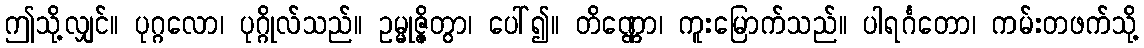
ဤသို့လျှင်။ ပုဂ္ဂလော၊ ပုဂ္ဂိုလ်သည်။ ဥမ္မုဇ္ဇိတွာ၊ ပေါ်၍။ တိဏ္ဏော၊ ကူးမြောက်သည်။ ပါရင်္ဂတော၊ ကမ်းတဖက်သို့